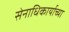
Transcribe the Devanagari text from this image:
सेनाधिकार्याच्या